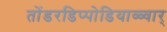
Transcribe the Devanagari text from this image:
तोंडरडिप्पोडियाळ्वार्